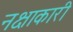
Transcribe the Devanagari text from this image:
नक्षाकारी